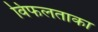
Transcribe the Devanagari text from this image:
विफलताका